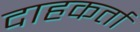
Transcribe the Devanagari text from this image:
दाहकर्ता